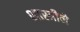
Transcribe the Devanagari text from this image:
शास्त्रीने